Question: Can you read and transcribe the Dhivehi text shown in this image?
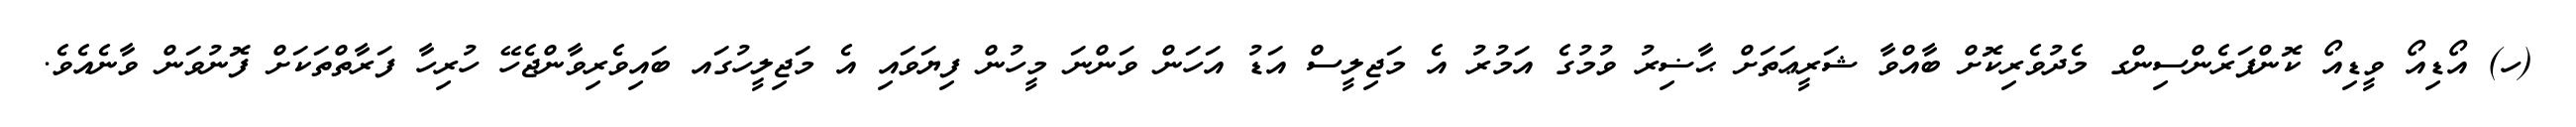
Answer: (ހ) އޯޑިއޯ ވީޑިއޯ ކޮންފަރެންސިންގ މެދުވެރިކޮށް ބާއްވާ ޝަރީޢަތަށް ޙާޟިރު ވުމުގެ އަމުރު އެ މަޖިލީސް އަޑު އަހަން ވަންނަ މީހުން ފިޔަވައި އެ މަޖިލީހުގައ ބައިވެރިވާންޖެހޭ ހުރިހާ ފަރާތްތަކަށް ފޮނުވަން ވާނެއެވެ.